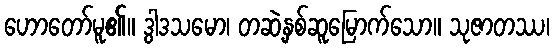
ဟောတော်မူ၏။ ဒွါဒသမော၊ တဆဲ့နှစ်ဆူမြောက်သော။ သုဇာတဿ၊